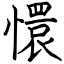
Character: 懁